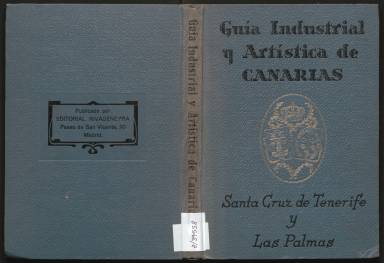
Título: Guia industrial y artistica de Canarias
Colección: Guías y directorios
Ámbito geográfico: Madrid
Lugar de publicación: Madrid
Fechas: 01/01/1930-31/12/1933